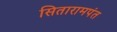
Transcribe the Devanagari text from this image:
सितारामपंत